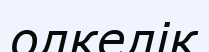
олкелік